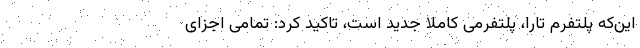
این‌که پلتفرم تارا، پلتفرمی کاملا جدید است، تاکید کرد: تمامی اجزای